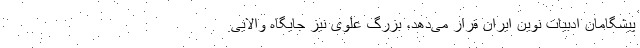
پیشگامان ادبیات نوین ایران قرار می‌دهد، بزرگ علوی نیز جایگاه والایی